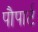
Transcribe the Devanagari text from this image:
पौपार्ट